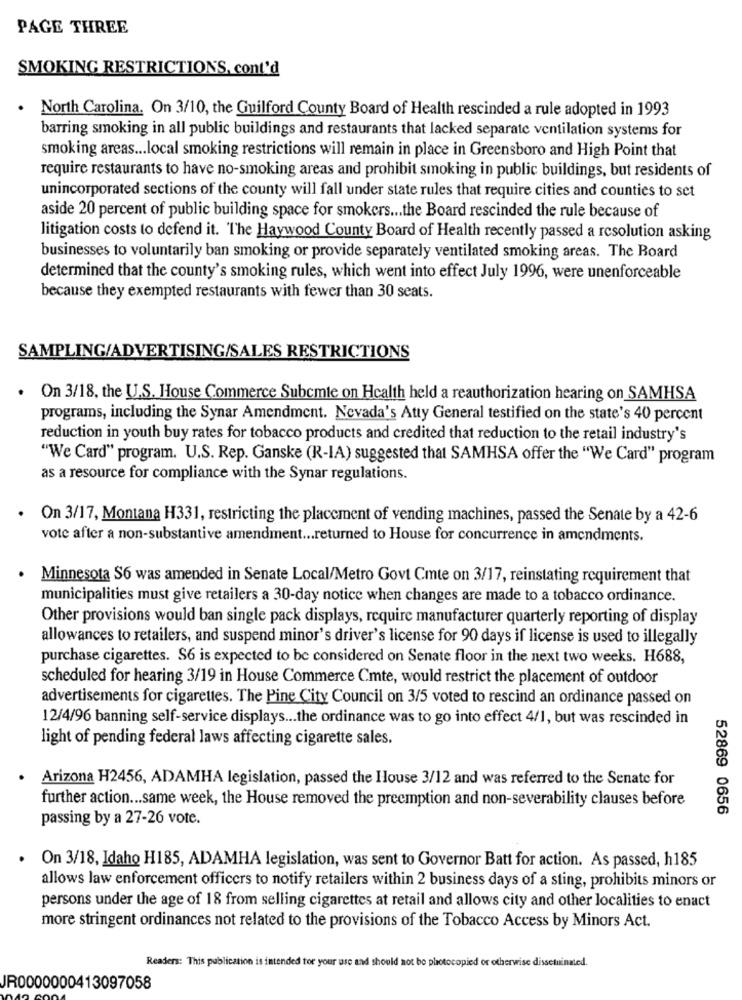
PAGE THREE
SMOKING RESTRICTIONS, cont'd
. North Carolina. On 3/10, the Guilford County Board of Health rescinded a rule adopted in 1993
barring smoking in all public buildings and restaurants that lacked separate ventilation systems for
smoking areas ... local smoking restrictions will remain in place in Greensboro and High Point that
require restaurants to have no-smoking areas and prohibit smoking in public buildings, but residents of
unincorporated sections of the county will fall under state rules that require cities and counties to set
aside 20 percent of public building space for smokers ... the Board rescinded the rule because of
litigation costs to defend it. The Haywood County Board of Health recently passed a resolution asking
businesses to voluntarily ban smoking or provide separately ventilated smoking areas. The Board
determined that the county's smoking rules, which went into effect July 1996, were unenforceable
because they exempted restaurants with fewer than 30 seats.
SAMPLING/ADVERTISING/SALES RESTRICTIONS
On 3/18, the U.S. House Commerce Subcmte on Health held a reauthorization hearing on SAMHSA
programs, including the Synar Amendment. Nevada's Atty General testified on the state's 40 percent
reduction in youth buy rates for tobacco products and credited that reduction to the retail industry's
"We Card" program. U.S. Rep. Ganske (R-IA) suggested that SAMHSA offer the "We Card" program
as a resource for compliance with the Synar regulations.
On 3/17, Montana H331, restricting the placement of vending machines, passed the Senate by a 42-6
vote after a non-substantive amendment ... returned to House for concurrence in amendments.
Minnesota S6 was amended in Senate Local/Metro Govt Cmte on 3/17, reinstating requirement that
municipalities must give retailers a 30-day notice when changes are made to a tobacco ordinance.
Other provisions would ban single pack displays, require manufacturer quarterly reporting of display
allowances to retailers, and suspend minor's driver's license for 90 days if license is used to illegally
purchase cigarettes. $6 is expected to be considered on Senate floor in the next two weeks. H688,
scheduled for hearing 3/19 in House Commerce Cmte, would restrict the placement of outdoor
advertisements for cigarettes. The Pine City Council on 3/5 voted to rescind an ordinance passed on
12/4/96 banning self-service displays ... the ordinance was to go into effect 4/1, but was rescinded in
light of pending federal laws affecting cigarette sales.
Arizona H2456, ADAMHA legislation, passed the House 3/12 and was referred to the Senate for
further action ... same week, the House removed the preemption and non-severability clauses before
52869 0656
passing by a 27-26 vote.
. On 3/18, Idaho H185, ADAMHA legislation, was sent to Governor Batt for action. As passed, h185
allows law enforcement officers to notify retailers within 2 business days of a sting, prohibits minors or
persons under the age of 18 from selling cigarettes at retail and allows city and other localities to enact
more stringent ordinances not related to the provisions of the Tobacco Access by Minors Act.
Readers: This publication is intended for your use and should not be photocopied or otherwise dissetuinated.
JR0000000413097058